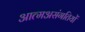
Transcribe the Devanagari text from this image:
आत्मअसंगतियों